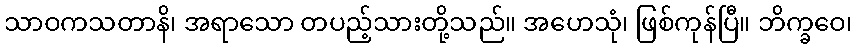
သာဝကသတာနိ၊ အရာသော တပည့်သားတို့သည်။ အဟေသုံ၊ ဖြစ်ကုန်ပြီ။ ဘိက္ခဝေ၊